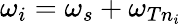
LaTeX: \omega_{i}=\omega_{s}+\omega_{Tn_{i}}